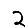
Digit: 2